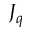
J _ { q }